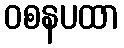
ဝစနပထာ